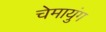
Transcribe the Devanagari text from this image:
चेमायुंग